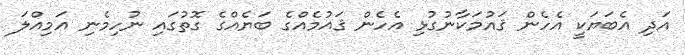
އަދި އެބަޔަކީ އެހެން ޤައުމަކާނުގުޅި އެހެން ޤައުމެއްގެ ބަޔެއްގެ ގޮތުގައި ނުހިމެނި އަމިއްލަ